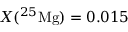
X ( ^ { 2 5 } \mathrm { M g } ) = 0 . 0 1 5